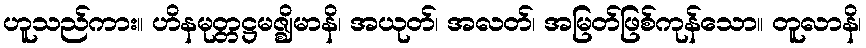
ဟူသည်ကား။ ဟိနမုတ္တဋ္ဌမဇ္ဈိမာနိ၊ အယုတ်၊ အလတ်၊ အမြတ်ဖြစ်ကုန်သော။ တူလာနိ၊